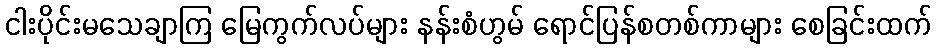
ငါးပိုင်းမသေချာကြ မြေကွက်လပ်များ နန်းစံဟွမ် ရောင်ပြန်စတစ်ကာများ စေခြင်းထက်